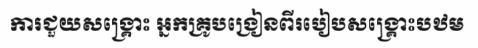
ការជួយសង្គ្រោះ អ្នកគ្រូបង្រៀនពីរបៀបសង្គ្រោះបឋម